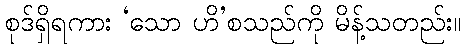
စုဒ်ရှိရကား ‘သော ဟိ’စသည်ကို မိန့်သတည်း။